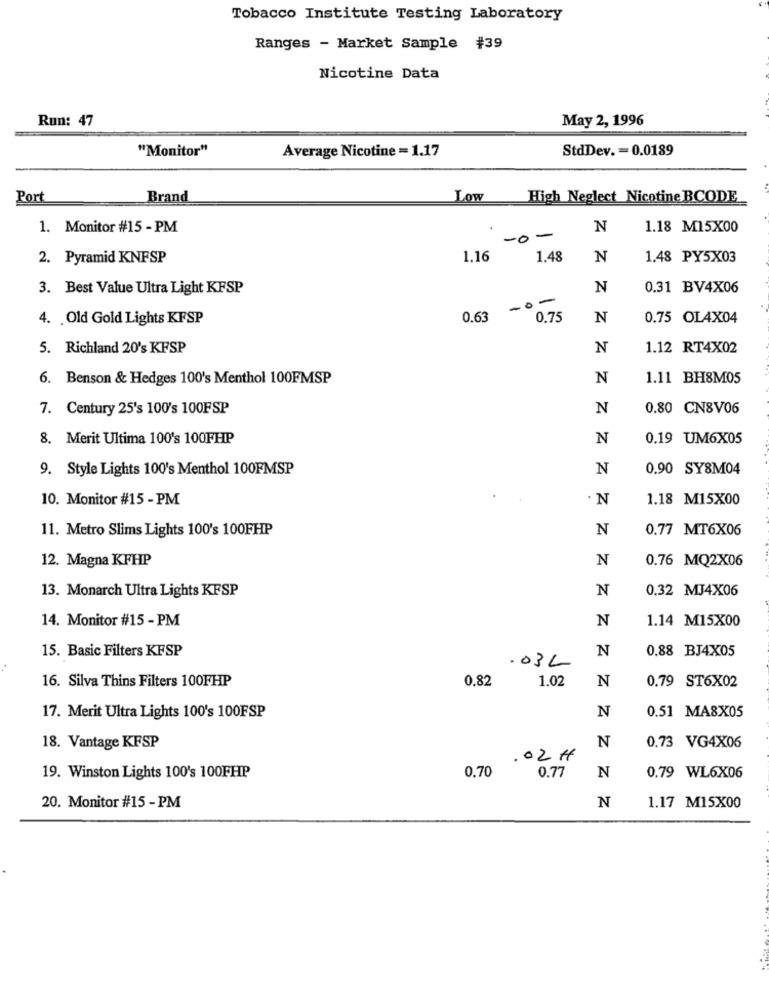
Tobacco Institute Testing Laboratory
Ranges - Market Sample #39
Nicotine Data
Run: 47
May 2, 1996
"Monitor"
Average Nicotine = 1.17
StdDev. = 0.0189
Port
Brand
Low
High Neglect Nicotine BCODE
1. Monitor #15 - PM
N
1.18 M15X00
-0-
2. Pyramid KNFSP
1.16
1.48
N
1.48 PY5X03
3. Best Value Ultra Light KFSP
N
0.31 BV4X06
0.63 -0-
4. . Old Gold Lights KFSP
0.75
N
0.75 OL4X04
5. Richland 20's KFSP
N
1.12 RT4X02
6. Benson & Hedges 100's Menthol 100FMSP
N
1.11 BH8M05
7. Century 25's 100's 100FSP
N
0.80 CN8V06
8. Merit Ultima 100's 100FHP
N
0.19 UM6X05
9. Style Lights 100's Menthol 100FMSP
N
0.90 SY8M04
10. Monitor #15 - PM
· N
1.18 M15X00
11. Metro Slims Lights 100's 100FHP
N
0.77 MT6X06
12. Magna KFHP
N
0.76 MQ2X06
13. Monarch Ultra Lights KFSP
N
0.32 MJ4X06
14. Monitor #15 - PM
N
1.14 M15X00
15. Basic Filters KFSP
N
0.88 BJ4X05
.03L
16. Silva Thins Filters 100FHP
0.82
1.02
N
0.79 ST6X02
N
0.51 MA8X05
17. Merit Ultra Lights 100's 100FSP
N
18. Vantage KFSP
0.73 VG4X06
.02 H
0.70
N
19. Winston Lights 100's 100FHP
0.77
0.79 WL6X06
20. Monitor #15 - PM
N
1.17 M15X00